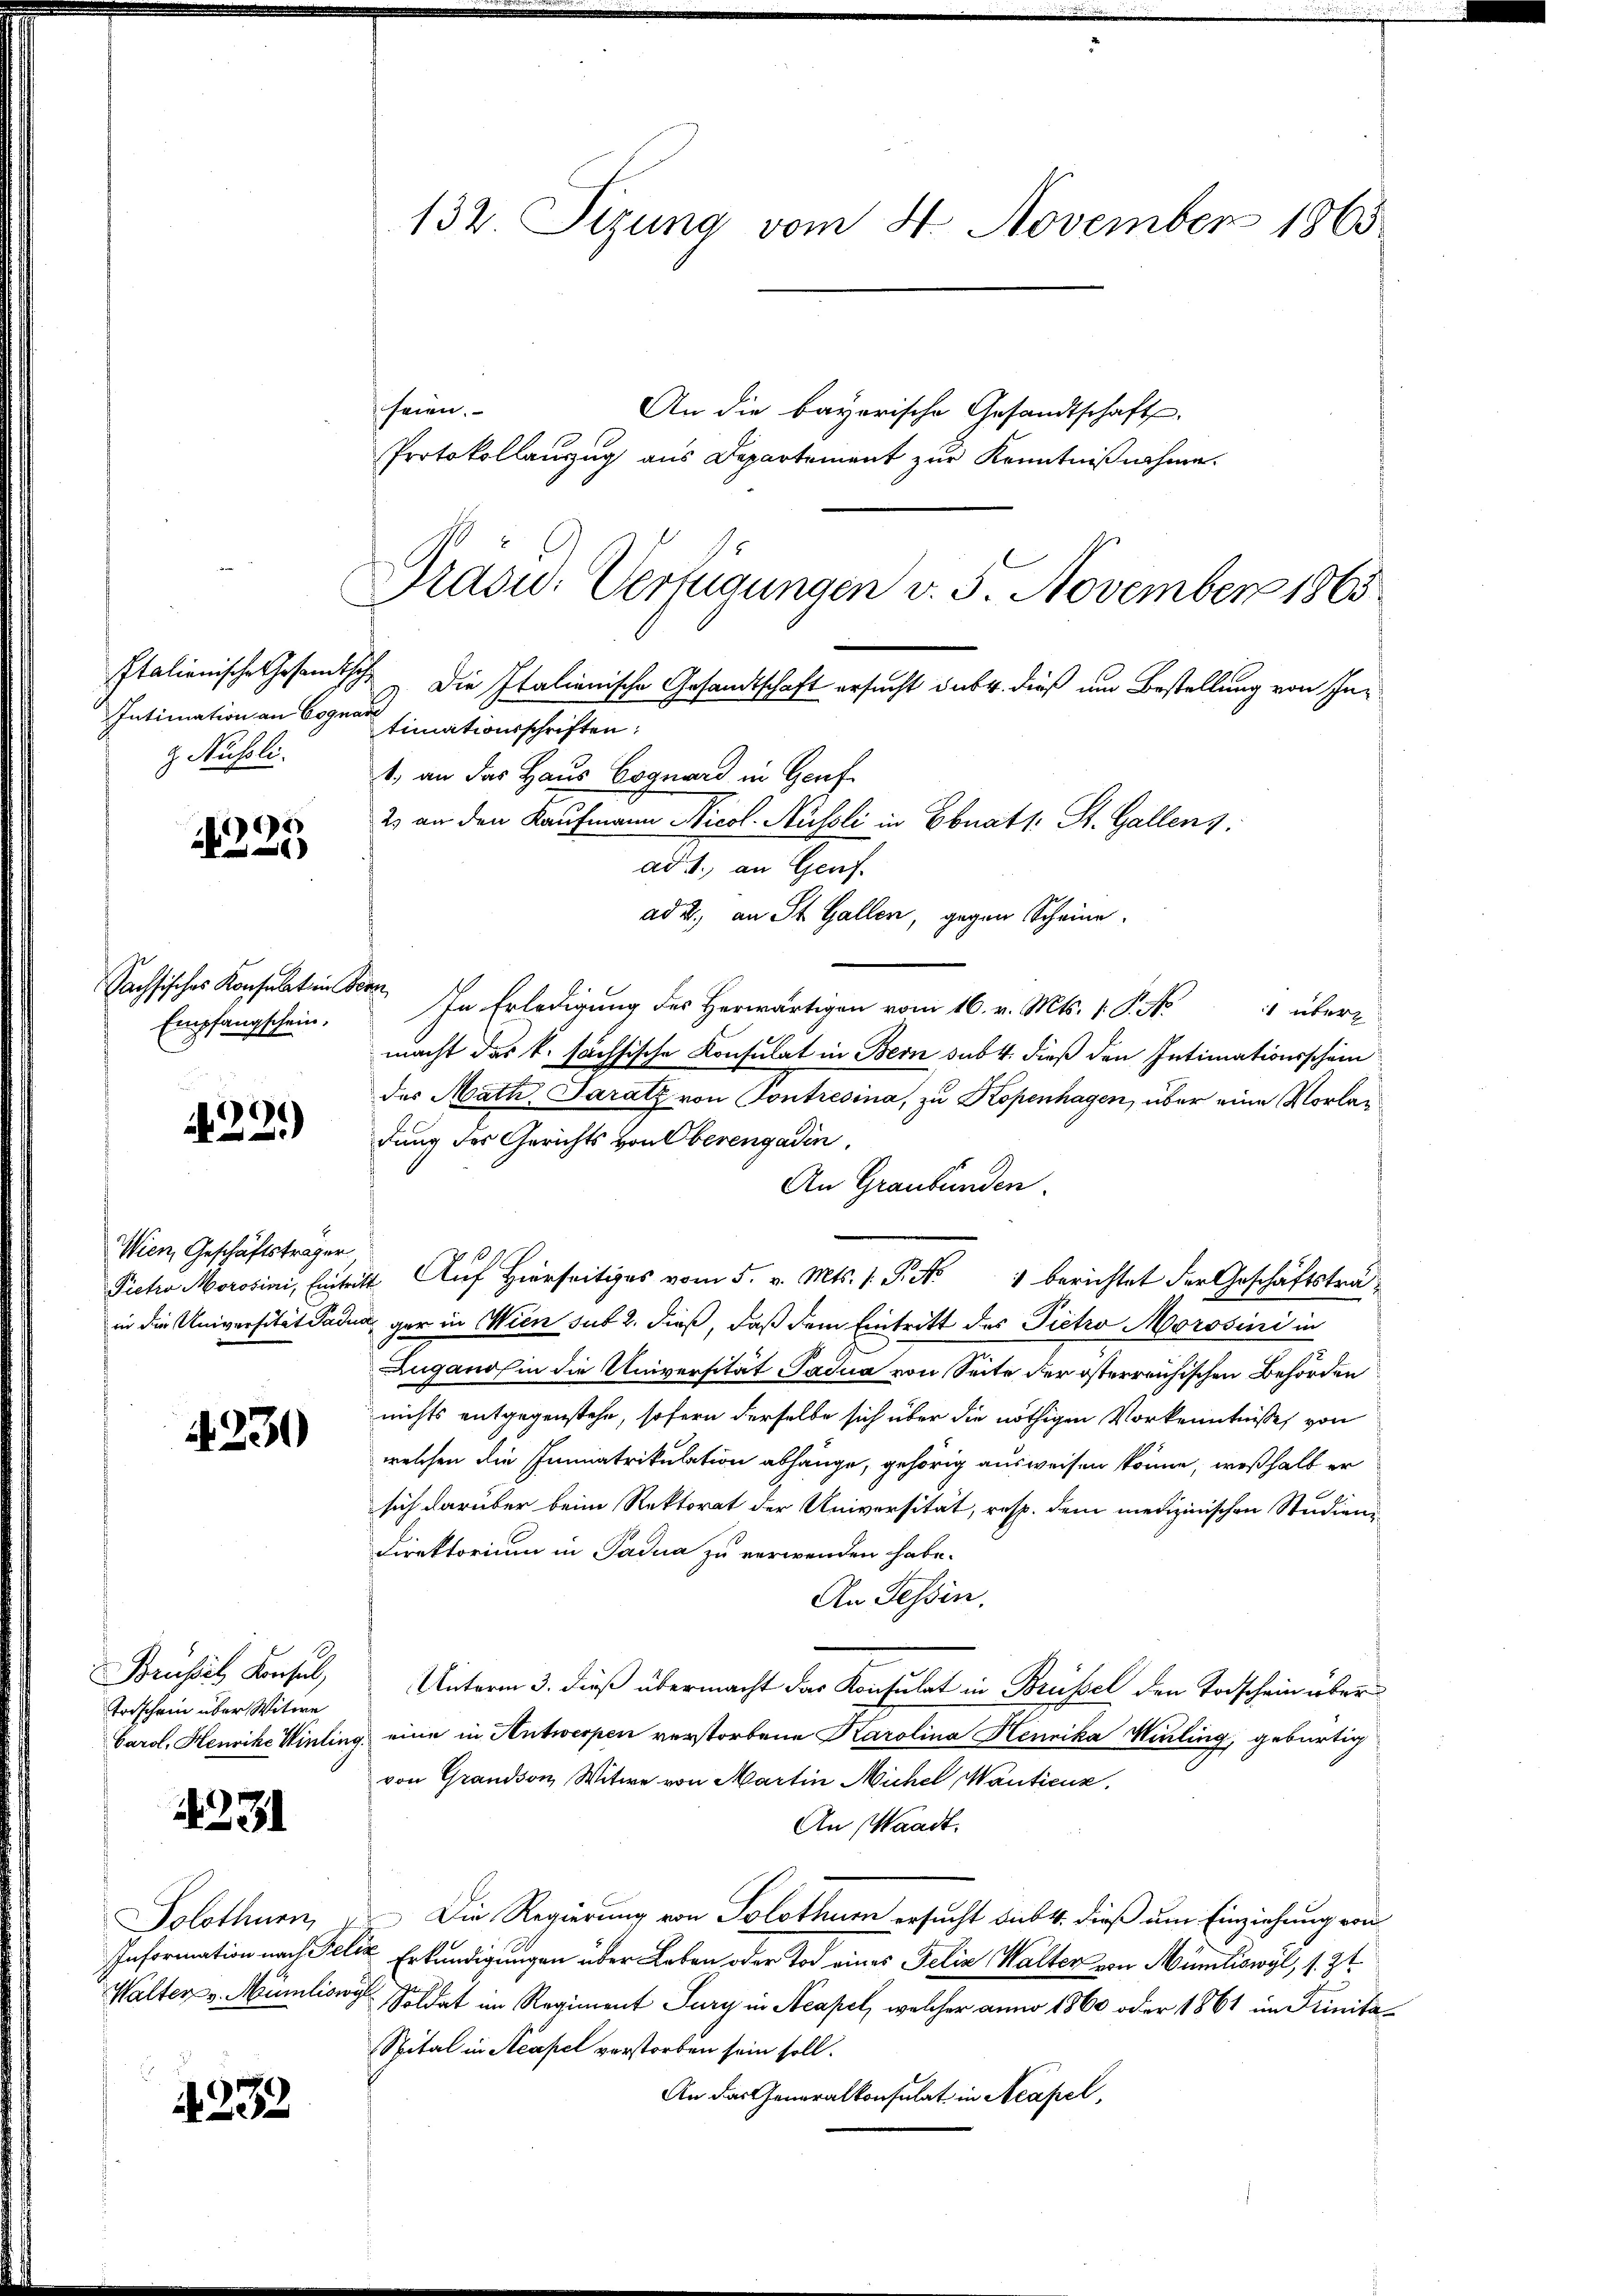
Nussli

)
)

Sachsisches Konsulation d
Empfangschein.

N 22.)

Wien, Geschäftsträger
Pietro Morosini, Eintra
in die Universität Padu

1230

Brüssel Konsul,
trischein über Witwe
Carol, Henrike Winling

4231

Solothurn,
Information nach Per
Walter v. Munition

232.

132. Sizung vom 4. November 1865

seien.
An die bayerische Gesandtschaft
Protokollanzug aus Departement zur Kenntnißnahme.

Präsid.. Verfügungen v. 5. November 1865.

Italienische Gesandtsch. Die Italienische Gesandtschaft ersucht das 4. dieß um Bestellung von In¬
Intimation an Bogener Finationsschriften:
1., an das Haus Boguard in Genf
23 an den Kaufmann Nicol- Nüssli in Ebnats: St. Gallen.
ad 1., an Genf.
ad 2., an St. Gallen, gegen Scheine
Ton. In Erledigung des Herwärtigen vom 16. v. Mts. 1. P. No 4 übermacht das k. sächsische Konsulat in Bern sub 4. dieß den Intimationsschein
des Math. Saratz von Contresina, zu Kopenhagen, über eine Vorlagdung des Gerichts von Oberengadin,
An Graubünden.
44. Auf Hierseits vom 5. v. Mts. 1 Pkt. 1 berichtet der Geschäftsträa gar in Wien sub 2. dieß, daß dem Eintritt des Pietro Morssini in
Zuganos in die Universität Padua von Seite der österreichischen Behörden
nichts entgegenstehe, sofern derselbe sich über die nöthigen Vorkenntnisse von
welchen die Immatrikulation abhänge, gehörig ausweisen könne, weßhalb er
sich darüber beim Rektorat der Universität, resp. dem medizinischen Studien
Direktorium in Padua zu verwenden habe.
An Tessin.
Unterm 3. dieß übermacht das Konsulat in Brüssel den Todschein über
g. eine in Antwerpen verstorbene Karolina Henrika Wirling, gebürtig
von Grandson Witwe von Martin Michel, anticus,
An Waadt.
Die Regierung von Solothurn ersucht die 4. dieß um Einziehung von
 Erkundigungen über Leben oder Tod eines Felix Walter von Müntiswyl, s. Zt
 Soldat im Regiment Jury in Neapel, welcher anno 1860 oder 1861 im Trinita¬
Spital in Neapel verstorben sein soll.
An das Generalkonsulat in Neapel,